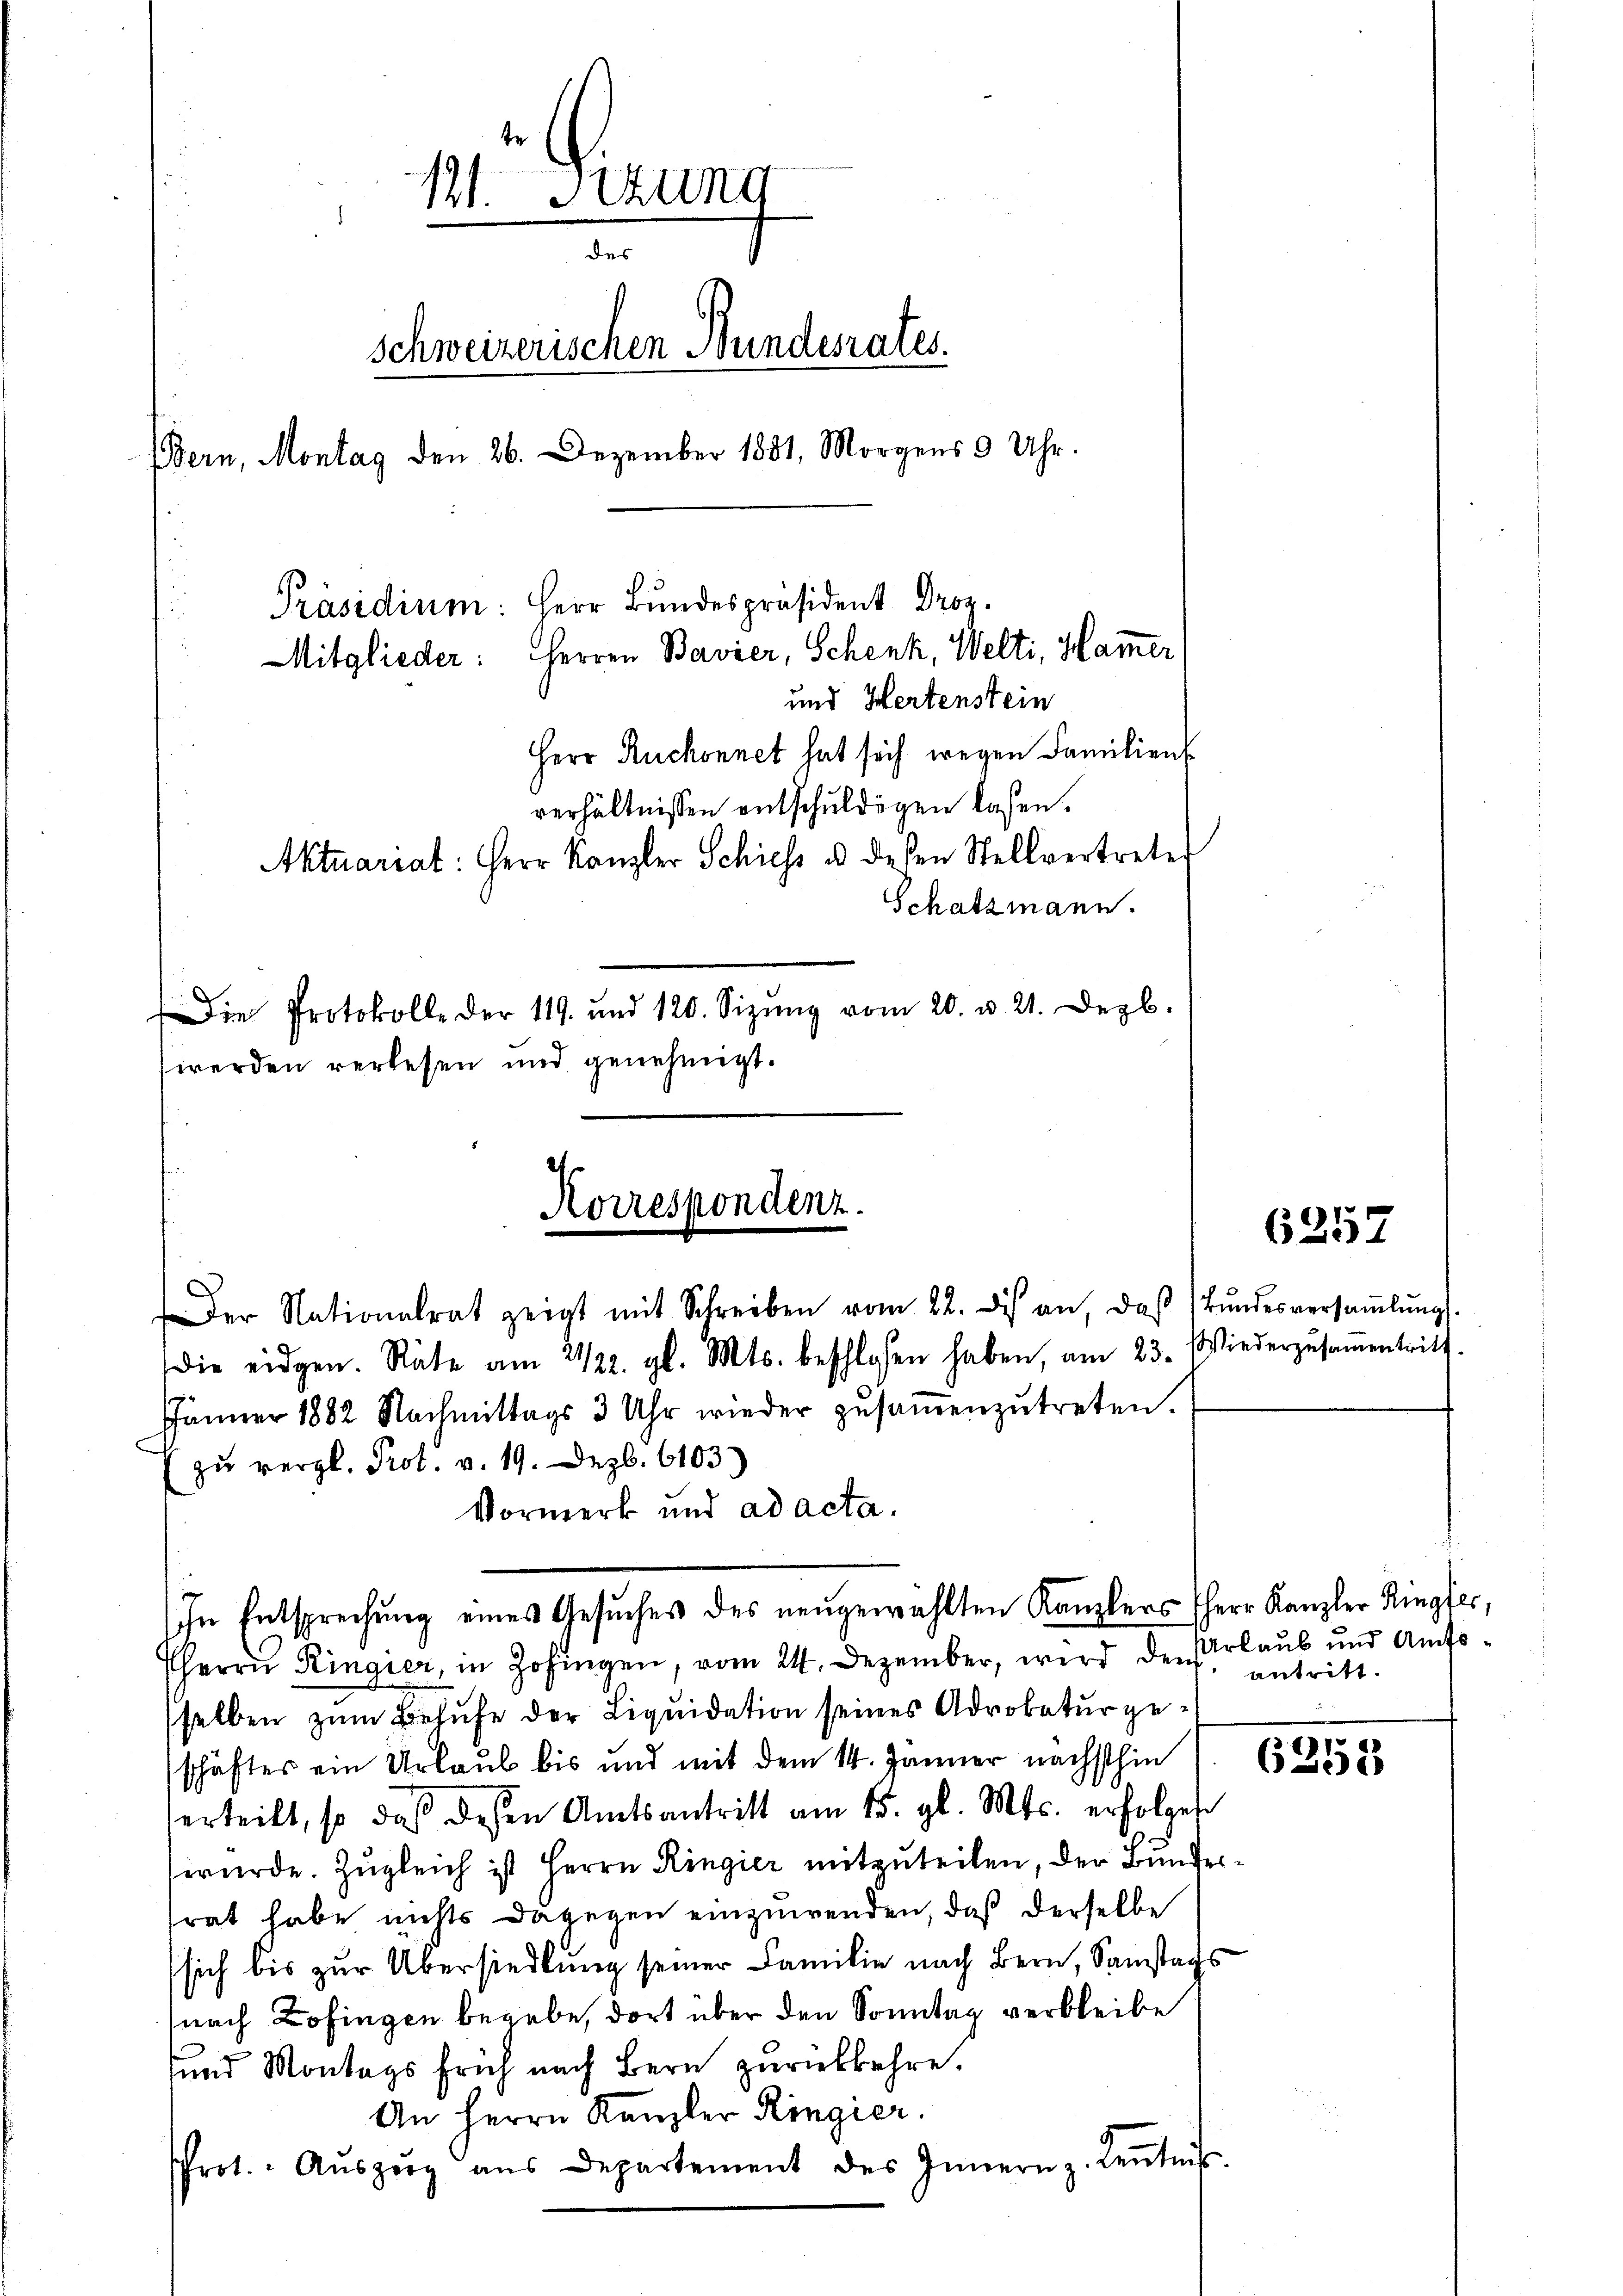
11. Stund
des
schweizerischen Bundesrates.
Bern, Montag den 26. Dezember 1881, Morgens 3 Uhr.
Präsidium: Herr Bundespräsident Droz.
Mitglieder: Herren Bavier, Schenk, Welti, Hammer
und Hertenstein
Herr Ruchonnet hat sich wegen Familien
verhältnissen entschuldigen lassen.
Aktuariat: Herr Kanzler Schiess u. diesen Stellvertrete
Schatzmann.
Die Protokolle der 119. und 120. Sizŭng vom 20. v. 21. Dezb.
werden verlesen und genehmigt.

Korrespondenz.

Der Nationalrat zeigt mit Schreiben vom 22. des an, daβ Bŭndesversaṁlŭngs-
JJänner 1882 Nachmittags 3 Uhr wieder zŭsaṁenzŭtreten.
zŭ vergl. Prot. v. 19. Dez. 6103)
Vormerk und ad acta.
In Entsprechung eines Gesuches des neugewählten Kanzlers HHerr Kanzler Ringfer,
Herrn Ringier, in Zofingen, vom 24. Dezember, wird der antritt.
selben zum Behufe der Liquidation seines Advokatur geschäftes ein Urlaub bis und mit dem 14. Jänner nächsthin
erteilt, so daß diesen Amtsantritt am 15. gl. Mts. erfolgen
würde. Zugleich ist Herrn Ringier mitzuteilen, der Bundessrat habe nichts dagegen einzuwenden, daß derselbe
sich bis zur Übersiedlung seiner Familie nach Bern, Samstags
(nach Zofingen begebe, dort über den Sonntag verbleibe
und Montags früh nach Bern zurückkehre.
An Herrn Kanzler Ringier
5
Prot. Aŭszŭg aŭs Departement des Innern z. Keṅtniss

die eidgen. Räte am 21/22. gl. Mts. beschlosen haben, am 23. Wiederzŭsaṁentritt.

6257

Urlaub und Amts¬

6252